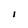
Character: I